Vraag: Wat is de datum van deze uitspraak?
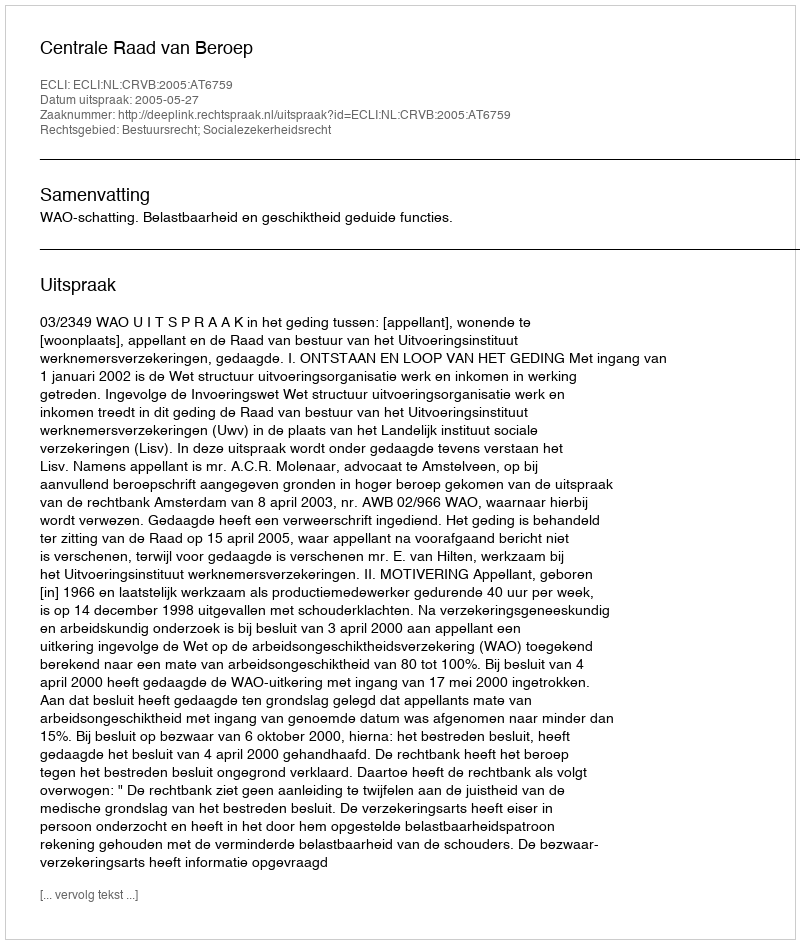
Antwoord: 2005-05-27